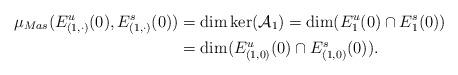
LaTeX: \begin{align*}\mu_{Mas}(E^u_{(1,\cdot)}(0),E^s_{(1,\cdot)}(0))&=\dim\ker(\mathcal{A}_1)=\dim(E^u_1(0)\cap E^s_1(0))\\&=\dim(E^u_{(1,0)}(0)\cap E^s_{(1,0)}(0)).\end{align*}